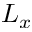
L _ { x }